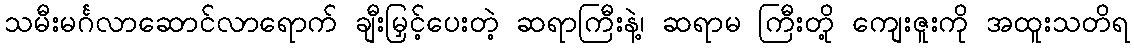
သမီးမင်္ဂလာဆောင်လာရောက် ချီးမြှင့်ပေးတဲ့ ဆရာကြီးနဲ့၊ ဆရာမ ကြီးတို့ ကျေးဇူးကို အထူးသတိရ